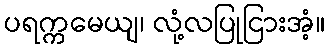
ပရက္ကမေယျ၊ လုံ့လပြုငြားအံ့။